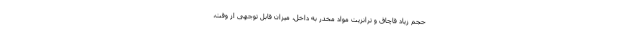
حجم زیاد قاچاق و ترانزیت مواد مخدر به داخل، میزان قابل توجهی از وقت،